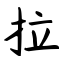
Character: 拉